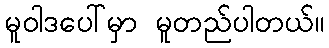
မူဝါဒပေါ်မှာ မူတည်ပါတယ်။